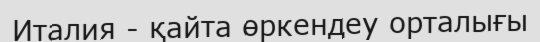
Италия - қайта өркендеу орталығы